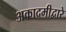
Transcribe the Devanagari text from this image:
अकादमीद्वारे